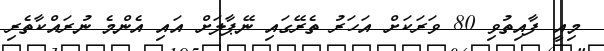
މިއީ ފާއިތުވި 80 ވަރަކަށް އަހަރު ތެރޭގައި ނޭޕާލަށް އައި އެންމެ ނުރައްކާތެރި